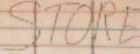
STORE